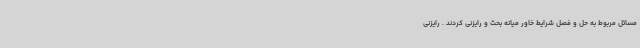
مسائل مربوط به حل و فصل شرایط خاور میانه بحث و رایزنی کردند . رایزنی